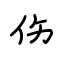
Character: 伤